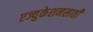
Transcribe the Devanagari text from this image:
एज्युकेशनसाठी